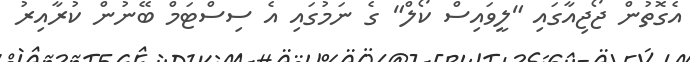
އެގޮތުން ޖޯޖިއާގައި "ލީވައިސް ކޯލް" ގެ ނަމުގައި އެ ސިސްޓަމް ބޭނުން ކުރާއިރު